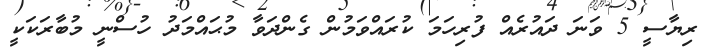
ރިޔާސީ 5 ވަނަ ދައުރެއް ފުރިހަމަ ކުރައްވަމުން ގެންދަވާ މުޙައްމަދު ހުސްނީ މުބާރަކަކީ